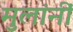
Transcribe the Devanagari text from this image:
मुलांनीं